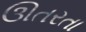
ઊતરતા